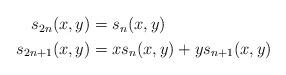
LaTeX: \begin{align*}\begin{aligned}s_{2n}(x,y)&=s_n(x,y)\\s_{2n+1}(x,y)&=xs_n(x,y)+ys_{n+1}(x,y)\end{aligned}\end{align*}